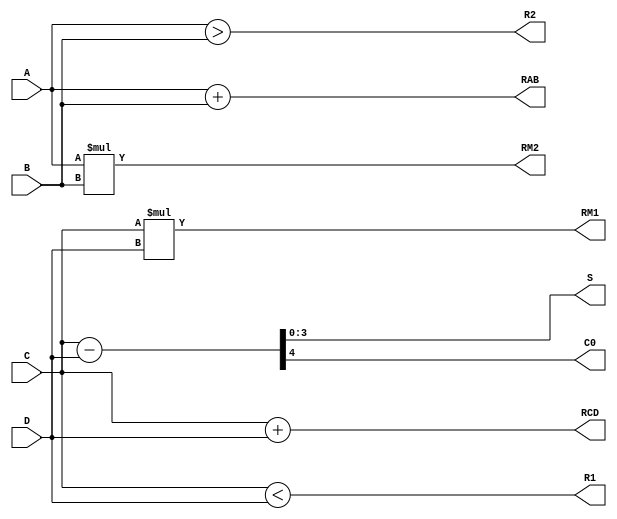
module test1(A,B,C,D,RCD,RAB,RM1,RM2,S,C0,R1,R2);
	input[3:0] C,D;
	input signed[3:0] A,B; //4
	output[3:0] RCD,RAB;
	output[7:0] RM1,RM2;
	output[3:0] S;
	output C0;
	output R1,R2;
	
	reg[3:0] S;
	reg C0;
	
	reg[3:0] RCD;
	reg[7:0] RM1;
	reg signed[3:0] RAB;
	reg signed[7:0] RM2;
	reg R1,R2;
	always@(A,B,C,D)
	begin
		RCD<= C+D;
		RAB<=A+B;
		RM1<=C*D;
		RM2<=A*B;
		{C0,S} <= {1'b0,C} - {1'b0,D};
		R1 <= (C<D);
		R2 <= (A>B);
	end
endmodule